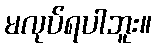
မလုပ်ရပါဘူး။